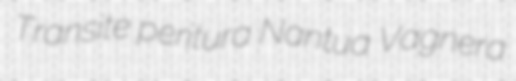
Transite peritura Nantua Vagnera